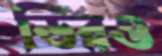
ডিরও